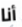
أنا